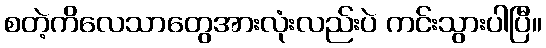
စတဲ့ကိလေသာတွေအားလုံးလည်းပဲ ကင်းသွားပါပြီ။